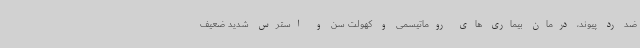
ضد رد پیوند، درمان بیماری های روماتیسمی و کهولت سن و استرس شدید ضعیف